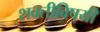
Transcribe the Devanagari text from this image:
शक्तीविषयी